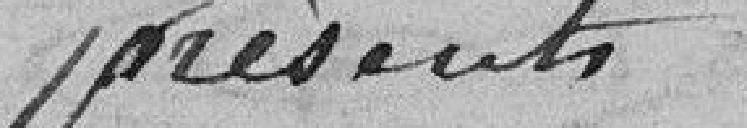
présents.